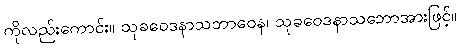
ကိုလည်းကောင်း။ သုခဝေဒနာသဘာဝေန၊ သုခဝေဒနာသဘောအားဖြင့်။